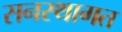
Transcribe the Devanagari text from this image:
सनस्थागत